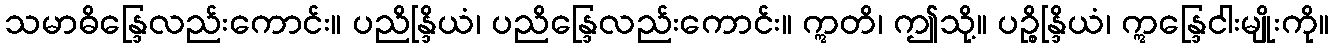
သမာဓိန္ဒြေလည်းကောင်း။ ပညိန္ဒြိယံ၊ ပညိန္ဒြေလည်းကောင်း။ ဣတိ၊ ဤသို့။ ပဉ္စိန္ဒြိယံ၊ ဣန္ဒြေငါးမျိုးကို။